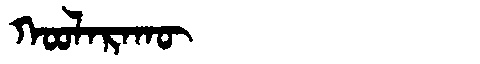
Manchu: ᡴᠣᠣᠯᠠᡵᠠᡴᡡ
Romanization: KOOLARAKŪ